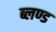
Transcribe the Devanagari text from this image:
ब्लण्ड